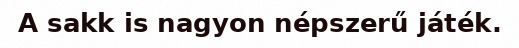
A sakk is nagyon népszerű játék.